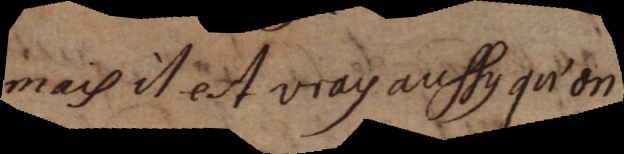
mais il esl vray aussy qu’on